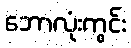
ဘောလုံးကွင်း